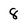
Character: 8